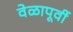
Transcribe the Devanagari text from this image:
वेळापूर्वी